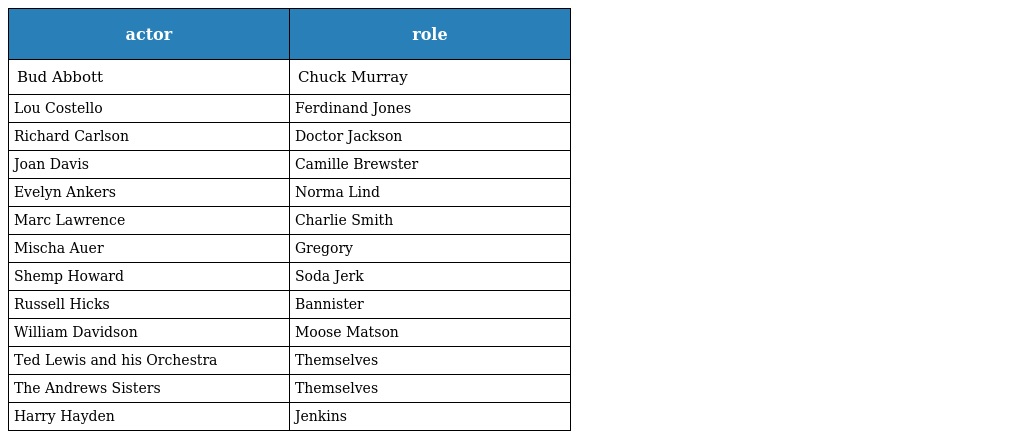
| actor | role |
 | --- | --- |
 | Bud Abbott | Chuck Murray |
 | Lou Costello | Ferdinand Jones |
 | Richard Carlson | Doctor Jackson |
 | Joan Davis | Camille Brewster |
 | Evelyn Ankers | Norma Lind |
 | Marc Lawrence | Charlie Smith |
 | Mischa Auer | Gregory |
 | Shemp Howard | Soda Jerk |
 | Russell Hicks | Bannister |
 | William Davidson | Moose Matson |
 | Ted Lewis and his Orchestra | Themselves |
 | The Andrews Sisters | Themselves |
 | Harry Hayden | Jenkins |